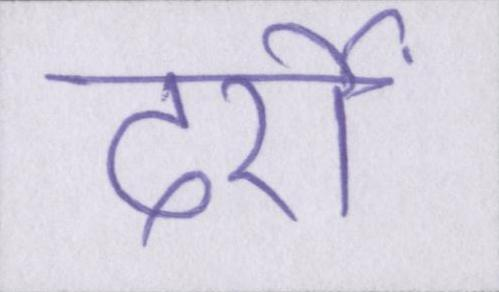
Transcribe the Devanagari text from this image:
दर्रों